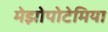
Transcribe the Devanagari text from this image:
मेझोपोटेमिया